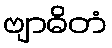
ဗျာဓိတံ